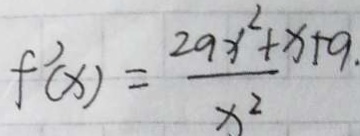
f ^ { \prime } ( x ) = \frac { 2 9 x ^ { 2 } + x + 9 . } { x ^ { 2 } }